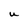
Character: U